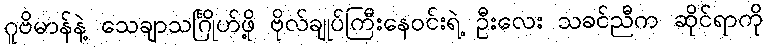
ဂူဗိမာန်နဲ့ သေချာသင်္ဂြိုဟ်ဖို့ ဗိုလ်ချုပ်ကြီးနေဝင်းရဲ့ ဦးလေး သခင်ညီက ဆိုင်ရာကို